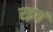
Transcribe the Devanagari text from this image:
रइयं